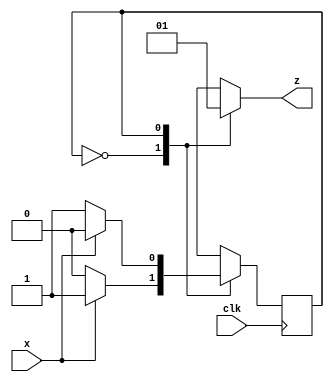
// module parity (x,clk,z);
// input x,clk;
// output reg z;
// reg even_odd; //The machine state I have only 2 states so it can be handled by 1 flipflop
// parameter EVEN = 0, ODD=1;

// always @(posedge clk)    //Whenever posedge of clk come we check the current state if it is EVEN 
// case (even_odd)         // or ODD then we update both output z and current state
//     EVEN:begin
//         z<=x?1:0;               //As If I/P(x) is 1 we will go to odd state(1) and else remain in even state(0)
//         even_odd<=x?ODD:EVEN;   //Changing the State
//     end
//     ODD:begin
//         z<=x?0:1;
//         even_odd<=x?EVEN:ODD;
//     end
//     default:even_odd<=EVEN;
// endcase

    
// endmodule


//Modified Version(Will not generate a latch for Z)
module parity (x,clk,z);
input x,clk;
output reg z;
reg even_odd; 
parameter EVEN = 0, ODD=1;

always @(posedge clk)   
case (even_odd)        
    EVEN: even_odd<=x?ODD:EVEN;   
    ODD:even_odd<=x?EVEN:ODD;
    default:even_odd<=EVEN;
endcase

always @(even_odd) begin
    case (even_odd)
        EVEN:z=0;
        ODD:z=1;
    endcase
    
end

    
endmodule